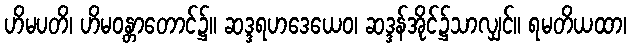
ဟိမပတိ၊ ဟိမဝန္တာတောင်၌။ ဆဒ္ဒရဟဒေယေဝ၊ ဆဒ္ဒန်အိုင်၌သာလျှင်။ ရမတိယထာ၊